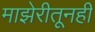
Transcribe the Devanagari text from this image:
माझेरीतूनही